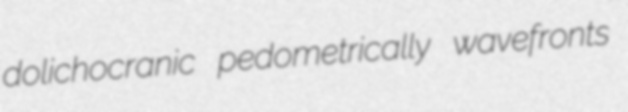
dolichocranic pedometrically wavefronts